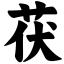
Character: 茯